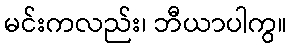
မင်းကလည်း၊ ဘီယာပါကွ။